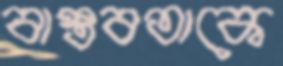
বাস্তবতাকে